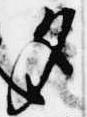
夕